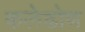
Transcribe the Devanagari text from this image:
कलेढोण